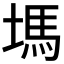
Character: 𡏢